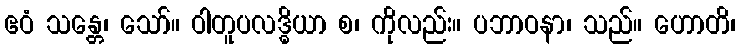
ဧဝံ သန္တေ၊ သော်။ ဝါတူပလဒ္ဓိယာ စ၊ ကိုလည်း။ ပဘာဝနာ၊ သည်။ ဟောတိ၊